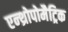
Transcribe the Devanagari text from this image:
एन्थ्रोपोमैट्रिक